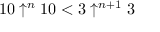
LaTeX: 1 0 \uparrow ^ { n } 1 0 < 3 \uparrow ^ { n + 1 } 3